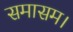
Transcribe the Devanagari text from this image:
समासम।